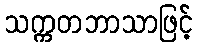
သက္ကတဘာသာဖြင့်